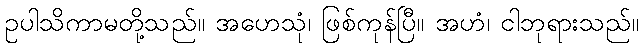
ဥပါသိကာမတို့သည်။ အဟေသုံ၊ ဖြစ်ကုန်ပြီ။ အဟံ၊ ငါဘုရားသည်။